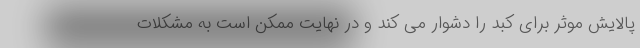
پالایش موثر برای کبد را دشوار می کند و در نهایت ممکن است به مشکلات